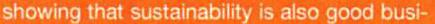
showing that sustainability is also good busi-